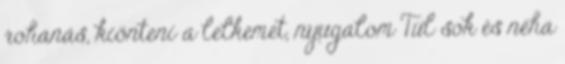
rohanás, kiönteni a lelkemet, nyugalom Túl sok és néha